Riigikantselei, lk 119
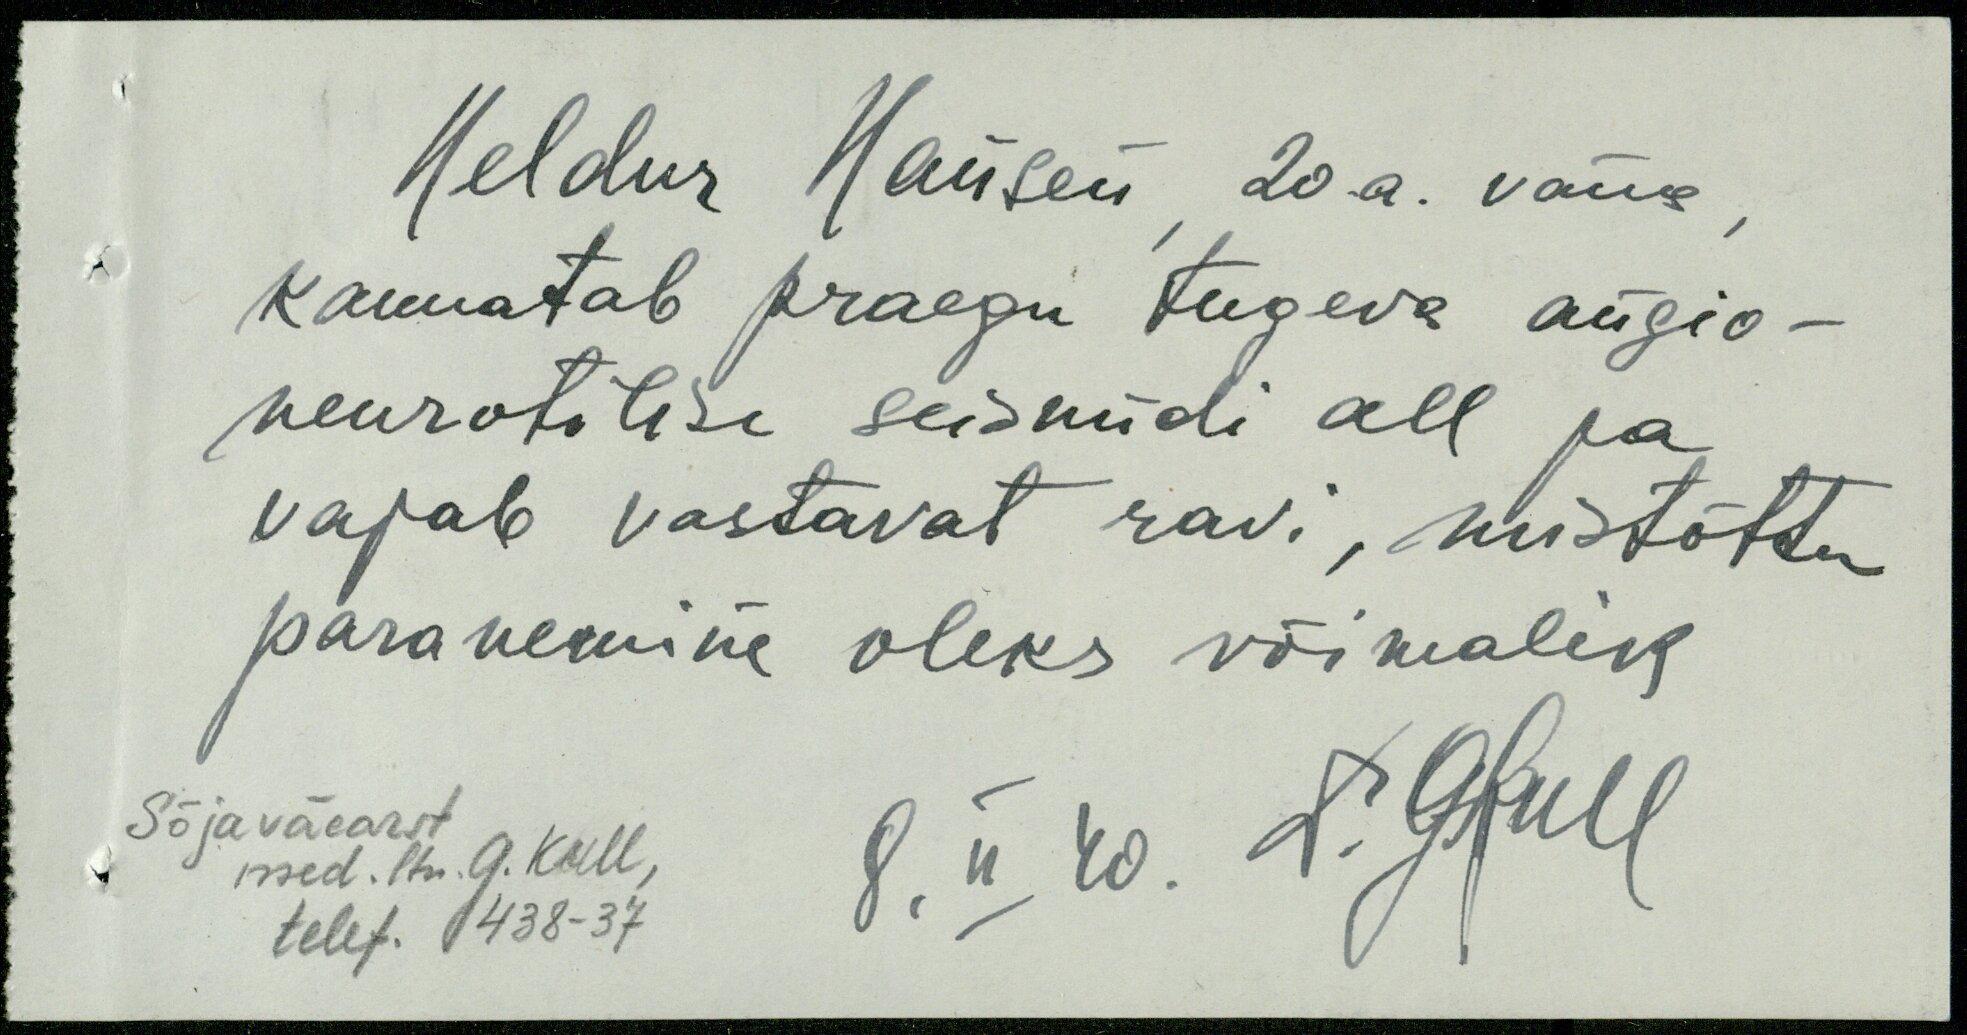
Heldur Hansen 20 a. vana
kannatab praegu tugeva angio-
neurotilise seisundi all ja
vajab vastavat ravi, mistõttu
paranemine oleks võimalik
Sõjaväearst
telef. 438-37